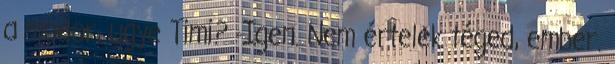
a modor, ugye Timi? -Igen. Nem értelek téged, ember.